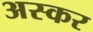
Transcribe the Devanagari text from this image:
अस्कर